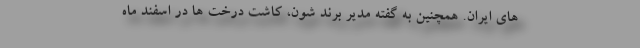
های ایران. همچنین به گفته مدیر برند شون، کاشت درخت ها در اسفند ماه